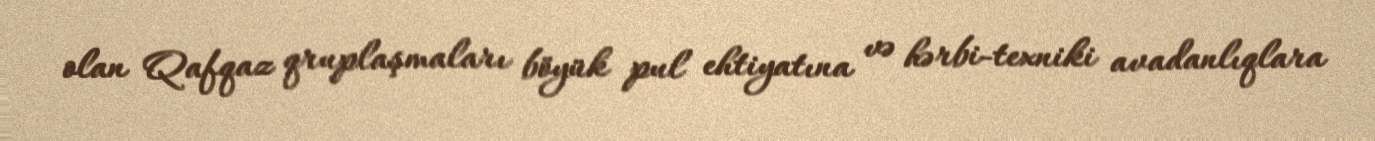
olan Qafqaz qruplaşmaları böyük pul ehtiyatına və hərbi-texniki avadanlıqlara